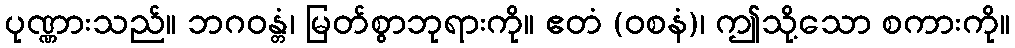
ပုဏ္ဏားသည်။ ဘဂဝန္တံ၊ မြတ်စွာဘုရားကို။ ဧတံ (ဝစနံ)၊ ဤသို့သော စကားကို။